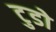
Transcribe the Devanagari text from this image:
टुडो